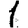
Digit: 1